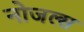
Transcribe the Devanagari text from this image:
नोजल्स